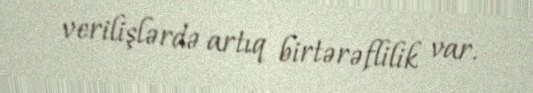
verilişlərdə artıq birtərəflilik var.